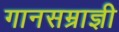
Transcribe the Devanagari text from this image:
गानसम्राज्ञी